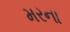
મરના